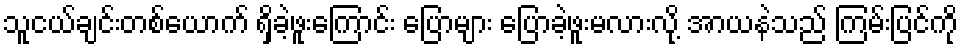
သူငယ်ချင်းတစ်ယောက် ရှိခဲ့ဖူးကြောင်း ပြောများ ပြောခဲ့ဖူးမလားလို့ အာယနဲသည် ကြမ်းပြင်ကို